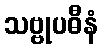
သဗ္ဗုပဓီနံ